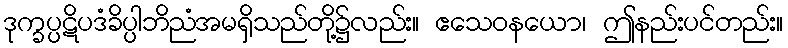
ဒုက္ခပ္ပဋိပဒံခိပ္ပါဘိညံအမရှိသည်တို့၌လည်း။ ဧသေဝနယော၊ ဤနည်းပင်တည်း။